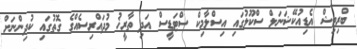
ބްރިޓިޝް އެޑިއުކޭޝަނަލް ސްކޫލުގައި އިސްލާމިކް ސްޓަޑީސް އަދި ތާރީޚު މުދައްރިސެއްގެ ގޮތުގައި ކުދިންނަށް